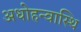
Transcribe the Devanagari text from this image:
अधोहन्वास्थि